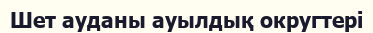
Шет ауданы ауылдық округтері